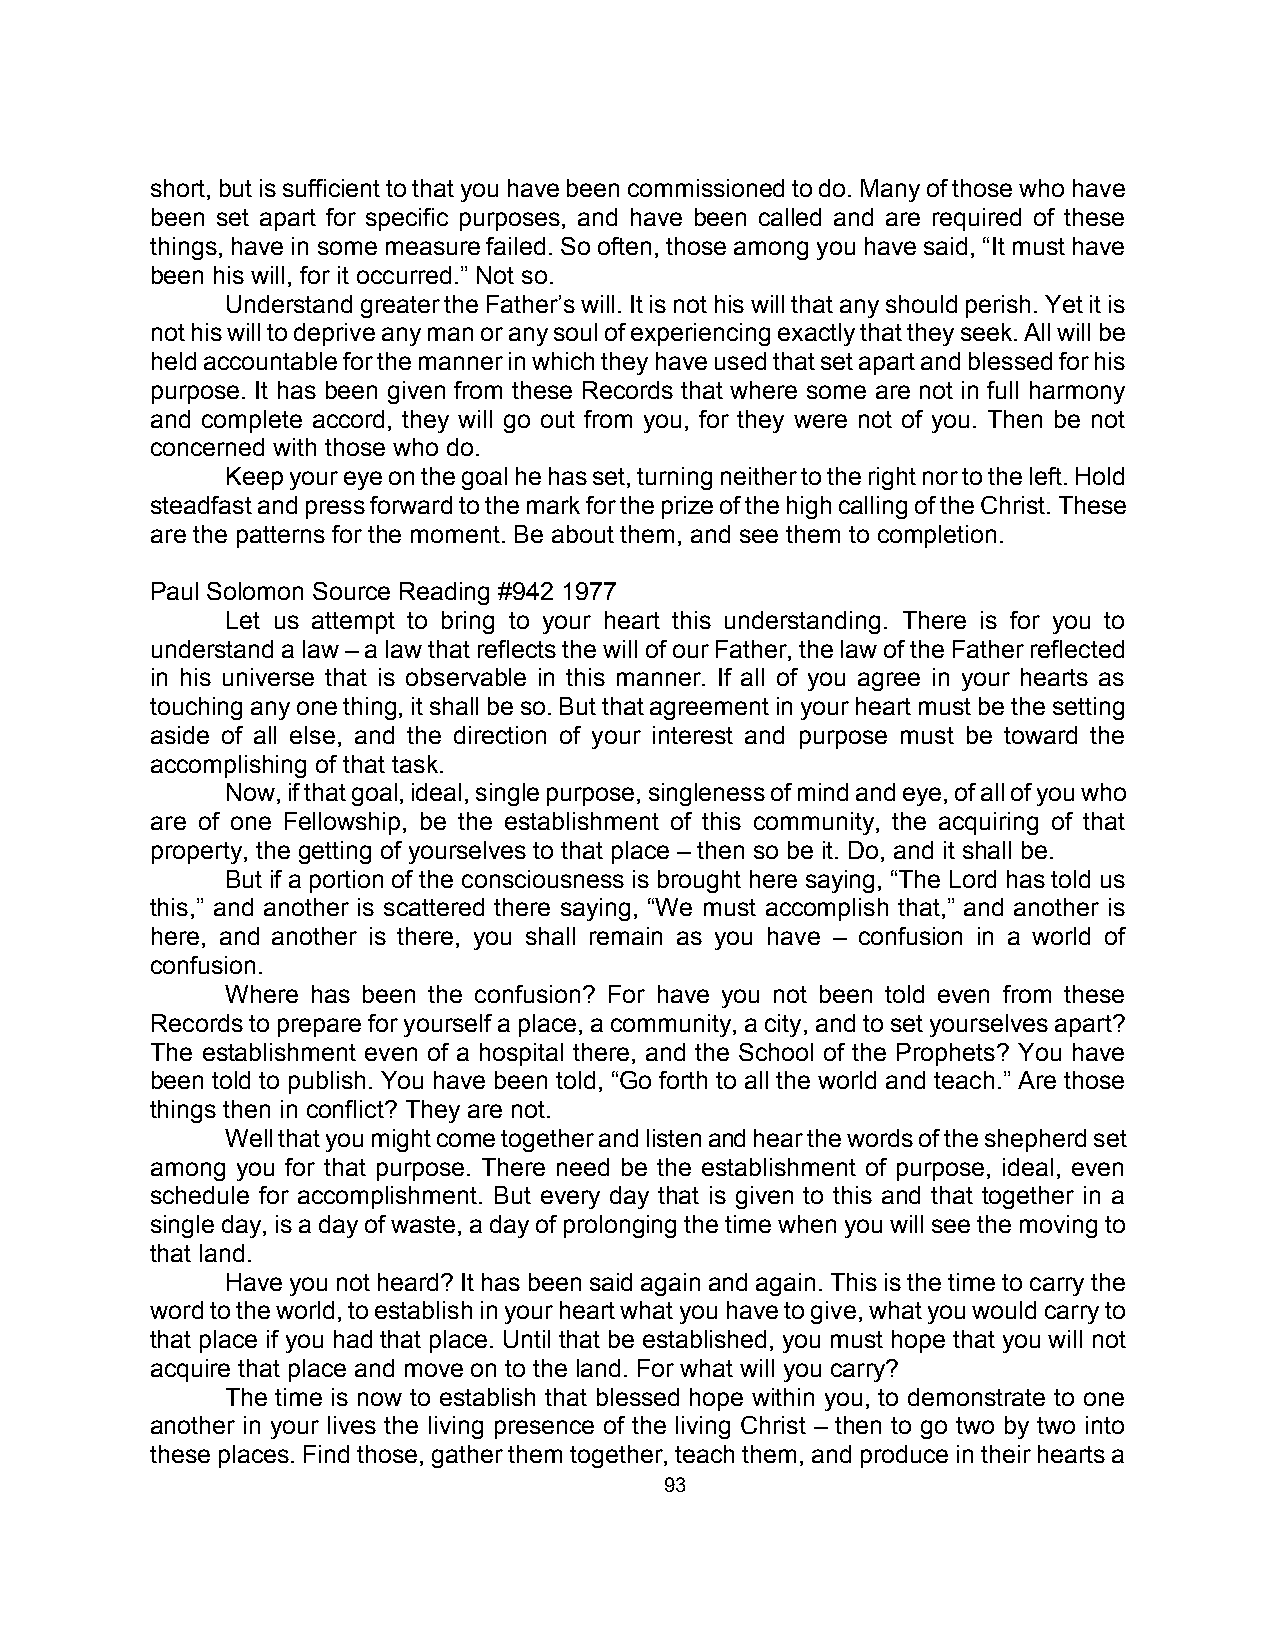
short, but is sufficient to that you have been commissioned to do. Many of those who have
 been set apart for specific purposes, and have been called and are required of these
 things, have in some measure failed. So often, those among you have said, “It must have
 been his will, for it occurred.” Not so.
 Understand greater the Father’s will. It is not his will that any should perish. Yet it is
 not his will to deprive any man or any soul of experiencing exactly that they seek. All will be
 held accountable for the manner in which they have used that set apart and blessed for his
 purpose. It has been given from these Records that where some are not in full harmony
 and complete accord, they will go out from you, for they were not of you. Then be not
 concerned with those who do.
 Keep your eye on the goal he has set, turning neither to the right nor to the left. Hold
 steadfast and press forward to the mark for the prize of the high calling of the Christ. These
 are the patterns for the moment. Be about them, and see them to completion.
 Paul Solomon Source Reading #942 1977
 Let us attempt to bring to your heart this understanding. There is for you to
 understand a law – a law that reflects the will of our Father, the law of the Father reflected
 in his universe that is observable in this manner. If all of you agree in your hearts as
 touching any one thing, it shall be so. But that agreement in your heart must be the setting
 aside of all else, and the direction of your interest and purpose must be toward the
 accomplishing of that task.
 Now, if that goal, ideal, single purpose, singleness of mind and eye, of all of you who
 are of one Fellowship, be the establishment of this community, the acquiring of that
 property, the getting of yourselves to that place – then so be it. Do, and it shall be.
 But if a portion of the consciousness is brought here saying, “The Lord has told us
 this,” and another is scattered there saying, “We must accomplish that,” and another is
 here, and another is there, you shall remain as you have – confusion in a world of
 confusion.
 Where has been the confusion? For have you not been told even from these
 Records to prepare for yourself a place, a community, a city, and to set yourselves apart?
 The establishment even of a hospital there, and the School of the Prophets? You have
 been told to publish. You have been told, “Go forth to all the world and teach.” Are those
 things then in conflict? They are not.
 Well that you might come together and listen and hear the words of the shepherd set
 among you for that purpose. There need be the establishment of purpose, ideal, even
 schedule for accomplishment. But every day that is given to this and that together in a
 single day, is a day of waste, a day of prolonging the time when you will see the moving to
 that land.
 Have you not heard? It has been said again and again. This is the time to carry the
 word to the world, to establish in your heart what you have to give, what you would carry to
 that place if you had that place. Until that be established, you must hope that you will not
 acquire that place and move on to the land. For what will you carry?
 The time is now to establish that blessed hope within you, to demonstrate to one
 another in your lives the living presence of the living Christ – then to go two by two into
 these places. Find those, gather them together, teach them, and produce in their hearts a
 93